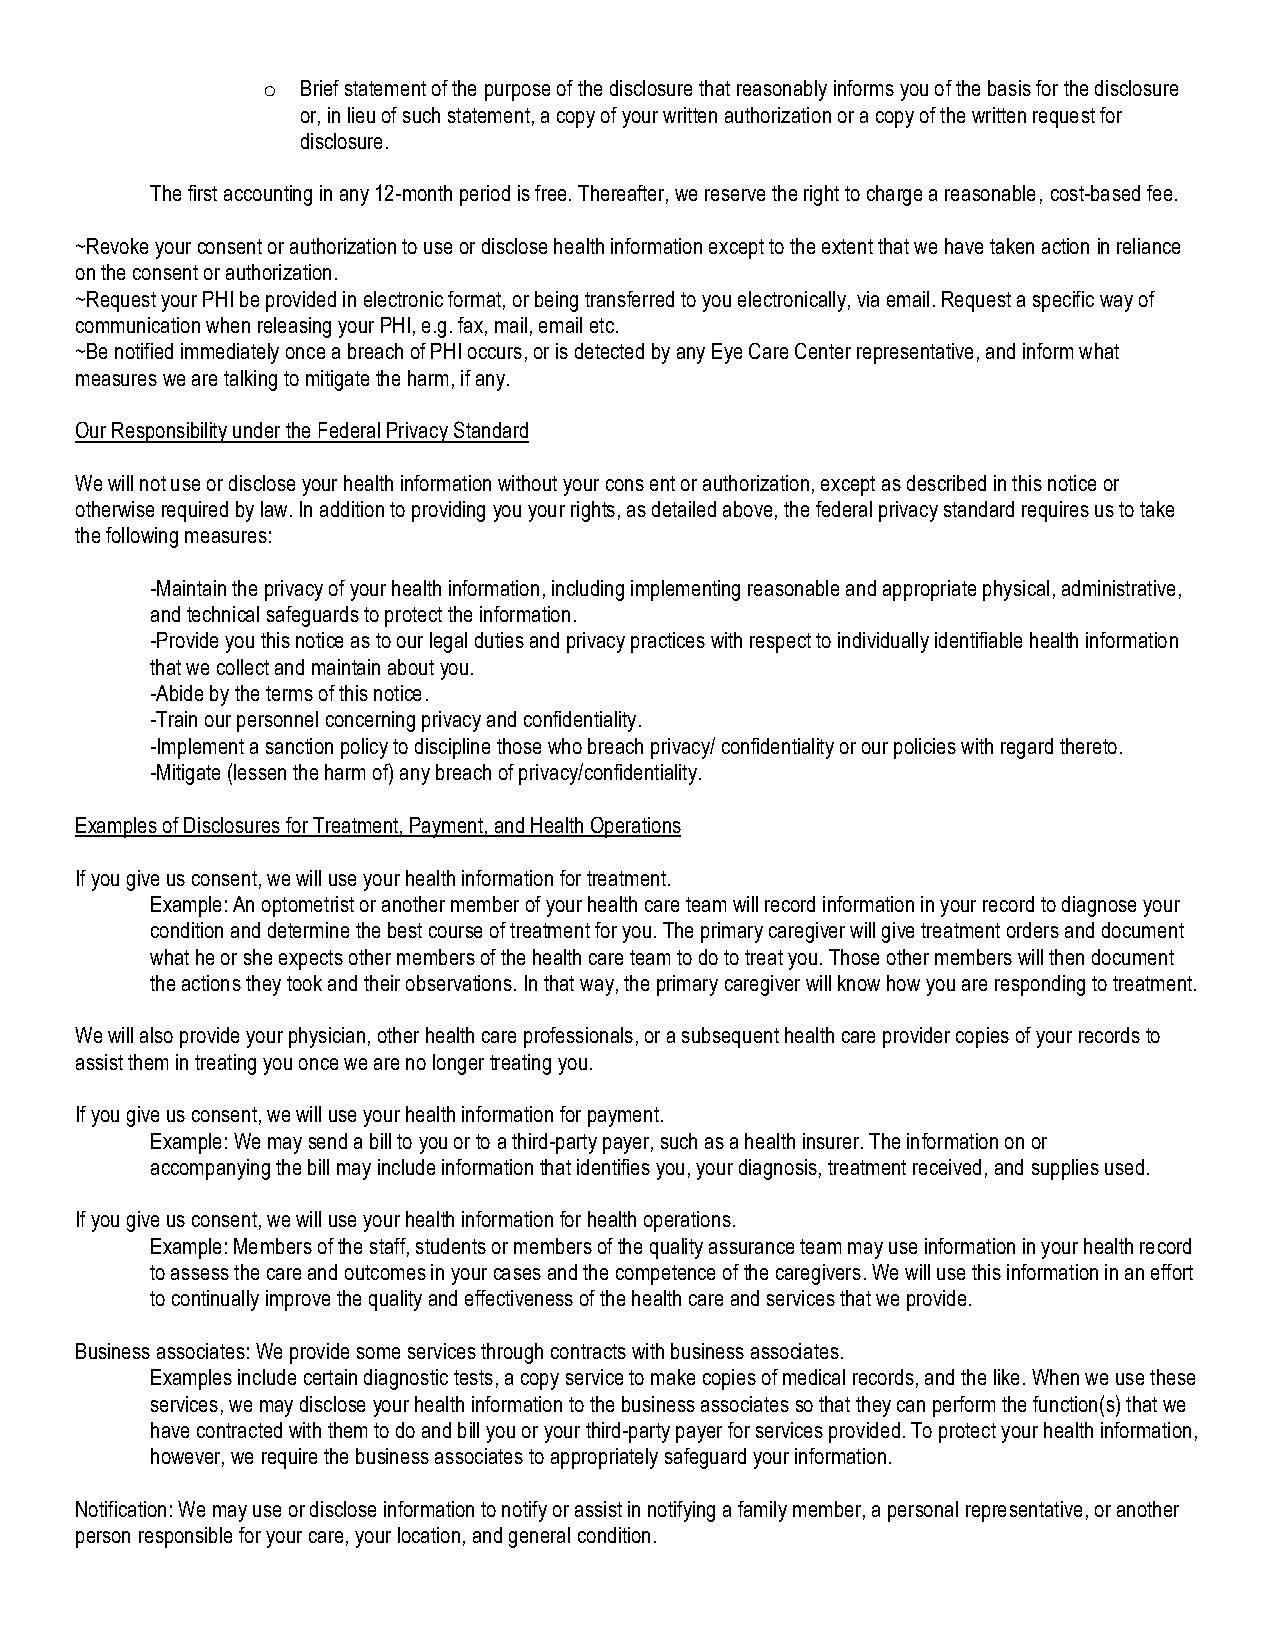
o  Brief statement of the purpose of the disclosure that reasonably informs you of the basis for the disclosure
 or, in lieu of such statement, a copy of your written authorization or a copy of the written request for
 disclosure.
 The first accounting in any 12-month period is free. Thereafter, we reserve the right to charge a reasonable, cost-based fee.
 ~Revoke your consent or authorization to use or disclose health information except to the extent that we have taken action in reliance
 on the consent or authorization.
 ~Request your PHI be provided in electronic format, or being transferred to you electronically, via email. Request a specific way of
 communication when releasing your PHI, e.g. fax, mail, email etc.
 ~Be notified immediately once a breach of PHI occurs, or is detected by any Eye Care Center representative, and inform what
 measures we are talking to mitigate the harm, if any.
 Our Responsibility under the Federal Privacy Standard
 We will not use or disclose your health information without your cons ent or authorization, except as described in this notice or
 otherwise required by law. In addition to providing you your rights, as detailed above, the federal privacy standard requires us to take
 the following measures:
 -Maintain the privacy of your health information, including implementing reasonable and appropriate physical, administrative,
 and technical safeguards to protect the information.
 -Provide you this notice as to our legal duties and privacy practices with respect to individually identifiable health information
 that we collect and maintain about you.
 -Abide by the terms of this notice.
 -Train our personnel concerning privacy and confidentiality.
 -Implement a sanction policy to discipline those who breach privacy/ confidentiality or our policies with regard thereto.
 -Mitigate (lessen the harm of) any breach of privacy/confidentiality.
 Examples of Disclosures for Treatment, Payment, and Health Operations
 If you give us consent, we will use your health information for treatment.
 Example: An optometrist or another member of your health care team will record information in your record to diagnose your
 condition and determine the best course of treatment for you. The primary caregiver will give treatment orders and document
 what he or she expects other members of the health care team to do to treat you. Those other members will then document
 the actions they took and their observations. In that way, the primary caregiver will know how you are responding to treatment.
 We will also provide your physician, other health care professionals, or a subsequent health care provider copies of your records to
 assist them in treating you once we are no longer treating you.
 If you give us consent, we will use your health information for payment.
 Example: We may send a bill to you or to a third-party payer, such as a health insurer. The information on or
 accompanying the bill may include information that identifies you, your diagnosis, treatment received, and supplies used.
 If you give us consent, we will use your health information for health operations.
 Example: Members of the staff, students or members of the quality assurance team may use information in your health record
 to assess the care and outcomes in your cases and the competence of the caregivers. We will use this information in an effort
 to continually improve the quality and effectiveness of the health care and services that we provide.
 Business associates: We provide some services through contracts with business associates.
 Examples include certain diagnostic tests, a copy service to make copies of medical records, and the like. When we use these
 services, we may disclose your health information to the business associates so that they can perform the function(s) that we
 have contracted with them to do and bill you or your third-party payer for services provided. To protect your health information,
 however, we require the business associates to appropriately safeguard your information.
 Notification: We may use or disclose information to notify or assist in notifying a family member, a personal representative, or another
 person responsible for your care, your location, and general condition.